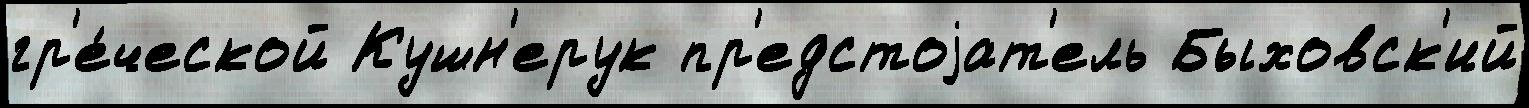
гр'е́ческой Кушн'ерук пр'едстоjат'ель Быховск'ий